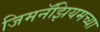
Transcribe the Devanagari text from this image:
जिमनॅझियमच्या